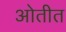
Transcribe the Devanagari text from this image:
ओतीत